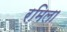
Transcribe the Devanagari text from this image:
रमिला